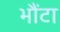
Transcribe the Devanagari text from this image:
भौंटा